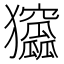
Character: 𤣛